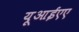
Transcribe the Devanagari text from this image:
यूआईएए